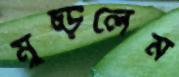
মুচ্‌ড়লেম